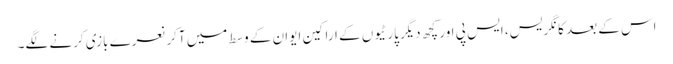
اس کے بعد کانگریس، ایس پی اور کچھ دیگر پارٹیوں کے اراکین ایوان کے وسط میں آکر نعرے بازی کرنے لگے۔